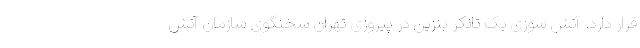
قرار دارد. آتش سوزی یک تانکر بنزین در پیروزی تهران سخنگوی سازمان آتش